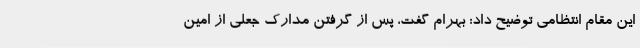
این مقام انتظامی توضیح داد: بهرام گفت، پس از گرفتن مدارک جعلی از امین